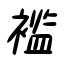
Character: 襤